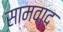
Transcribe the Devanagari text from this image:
सामवाद